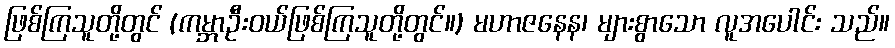
ဖြစ်ကြသူတို့တွင် (ကမ္ဘာဦးဝယ်ဖြစ်ကြသူတို့တွင်။) မဟာဇနေန၊ များစွာသော လူအပေါင်း သည်။